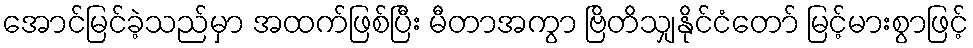
အောင်မြင်ခဲ့သည်မှာ အထက်ဖြစ်ပြီး မီတာအကွာ ဗြိတိသျှနိုင်ငံတော် မြင့်မားစွာဖြင့်